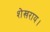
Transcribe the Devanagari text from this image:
शेखराय।